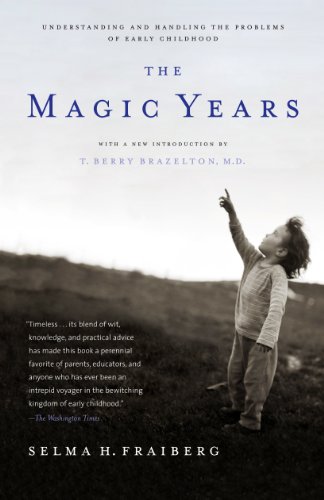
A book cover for The Magic Years: Understanding and Handling the Problems of Early Childhood; Selma H. Fraiberg; Health, Fitness & Dieting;